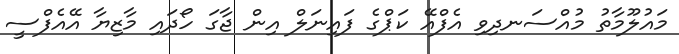
މައުލޫމާތު މުއްސަނދިވި އެފްއޭ ކަޕްގެ ފައިނަލް އިން ޖާގަ ހޯދައި މާޒިޔާ އޭއެފްސީ